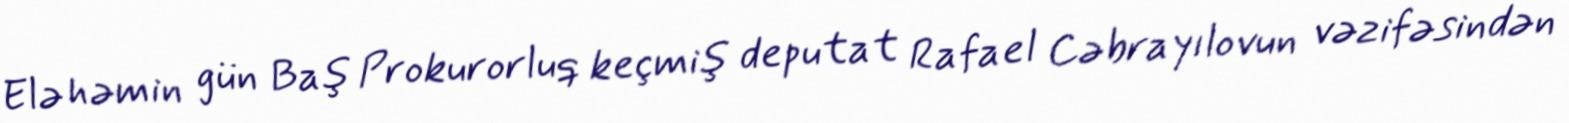
Elə həmin gün Baş Prokurorluq keçmiş deputat Rafael Cəbrayılovun vəzifəsindən